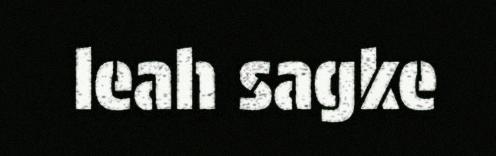
leah sagke